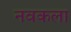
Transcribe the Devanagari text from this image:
नवकला